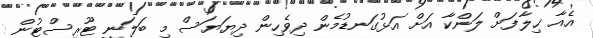
އެއާ ޚިލާފަށް ލަންކާ އަށް އަޅުގަނޑުމެން ދިވެހިން ދިޔަޔަސް މި ބަލަނީ ޓޫރިސްޓުން